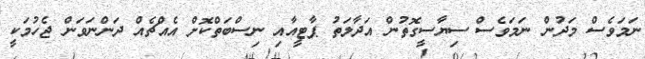
ނަމަވެސް މަދުން ނަމަވެސް ސިޔާސީގޮތުން އަދާލަތު ޕާޓީއާއި ނިސްބަތްކޮށް އެއްޗެއް ދަންނަވަން ޖެހުމަކީ